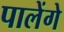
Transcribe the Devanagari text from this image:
पालेंगे